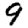
Digit: 9